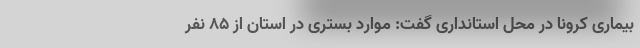
بیماری کرونا در محل استانداری گفت: موارد بستری در استان از ۸۵ نفر